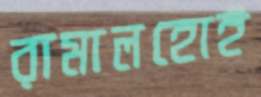
রামালহোই